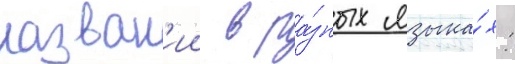
назван'ии в ра́зных языка́х: